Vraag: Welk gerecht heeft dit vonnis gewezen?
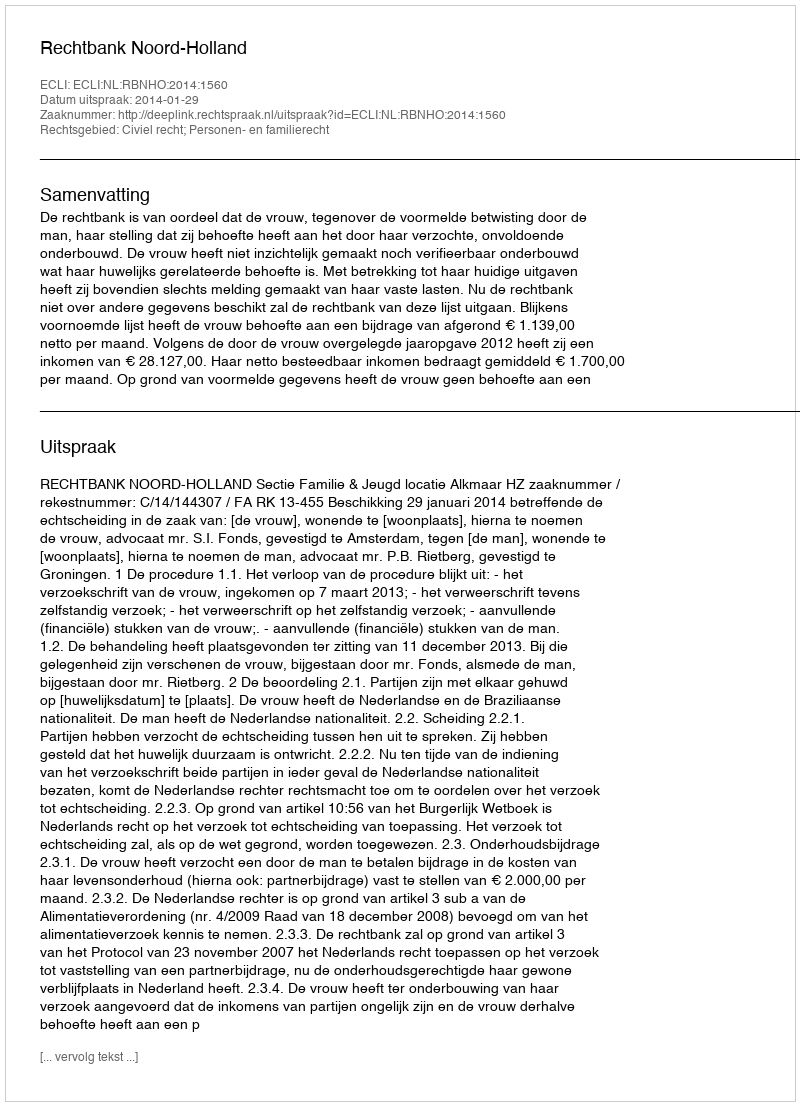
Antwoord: Rechtbank Noord-Holland